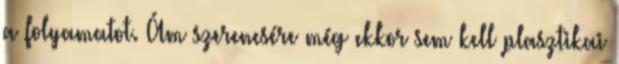
a folyamatot. Ám szerencsére még ekkor sem kell plasztikai